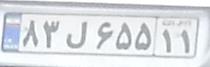
۸۳ل۶۵۵۱۱